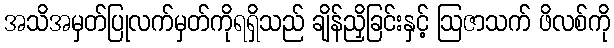
အသိအမှတ်ပြုလက်မှတ်ကိုရရှိသည် ချိန်ညှိခြင်းနှင့် ဩဇာသက် ဖိလစ်ကို